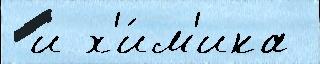
 и х'и́м'ика